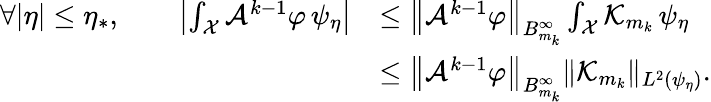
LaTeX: \begin{array}{rl}{\forall|\eta|\leq\eta_{*},\qquad\left|\int_{\mathcal{X}}\mathcal{A}^{k-1}\varphi\, \psi_{\eta}\right|}&{\leq\left\| \mathcal{A}^{k-1}\varphi\right\| _{B_{m_{k}}^{\infty}}\int_{\mathcal{X}}\mathcal{K}_{m_{k}}\, \psi_{\eta}}\\ &{\leq\left\| \mathcal{A}^{k-1}\varphi\right\| _{B_{m_{k}}^{\infty}}\| \mathcal{K}_{m_{k}}\| _{L^{2}(\psi_{\eta})}.}\end{array}